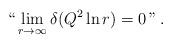
LaTeX: \begin{align*}`` \lim_{r\rightarrow \infty }\delta (Q^{2}\ln r)=0 \, " \,.\end{align*}